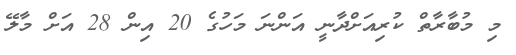
މި މުބާރާތް ކުރިއަށްދާނީ އަންނަ މަހުގެ 20 އިން 28 އަށް މާލޭ